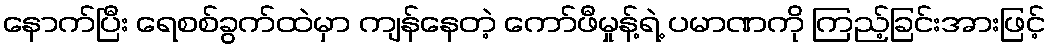
နောက်ပြီး ရေစစ်ခွက်ထဲမှာ ကျန်နေတဲ့ ကော်ဖီမှုန့်ရဲ့ ပမာဏကို ကြည့်ခြင်းအားဖြင့်